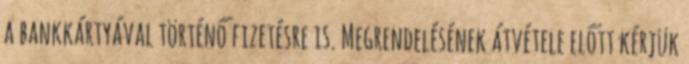
a bankkártyával történő fizetésre is. Megrendelésének átvétele előtt kérjük